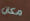
مكان